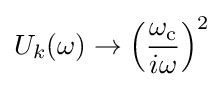
U_{k}(\omega )\to \left({\frac {\omega _{\text{c}}}{i\omega }}\right)^{2}